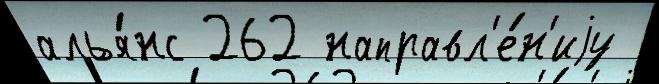
алья́нс 262 направл'е́н'иjу